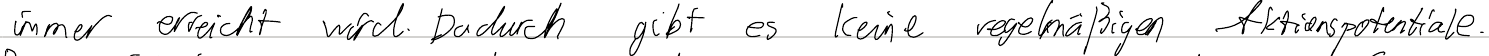
immer erreicht wird. Dadurch gibt es keine regelmäßigen Aktionspotentiale.